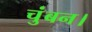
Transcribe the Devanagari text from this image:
चुंबन।